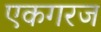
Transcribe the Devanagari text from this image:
एकगरज